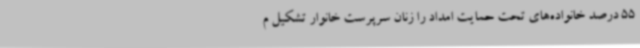
55 درصد خانواده‌های تحت حمایت امداد را زنان سرپرست خانوار تشکیل م